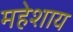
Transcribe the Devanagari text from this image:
महेशाय